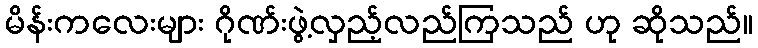
မိန်းကလေးများ ဂိုဏ်းဖွဲ့လှည့်လည်ကြသည် ဟု ဆိုသည်။